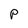
Character: P